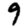
Digit: 9